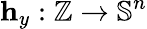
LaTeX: \mathbf{h}_{y}:\mathbb{Z}\rightarrow\mathbb{S}^{n}